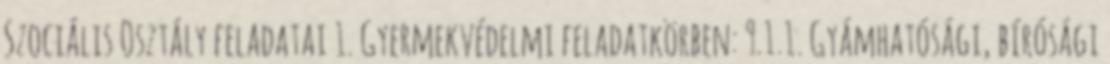
Szociális Osztály feladatai 1. Gyermekvédelmi feladatkörben: 9.1.1. Gyámhatósági, bírósági